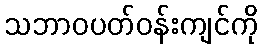
သဘာဝပတ်ဝန်းကျင်ကို